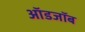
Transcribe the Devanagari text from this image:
ऑडजॉब